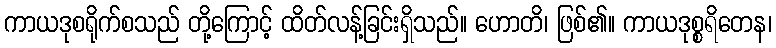
ကာယဒုစရိုက်စသည် တို့ကြောင့် ထိတ်လန့်ခြင်းရှိသည်။ ဟောတိ၊ ဖြစ်၏။ ကာယဒုစ္စရိတေန၊